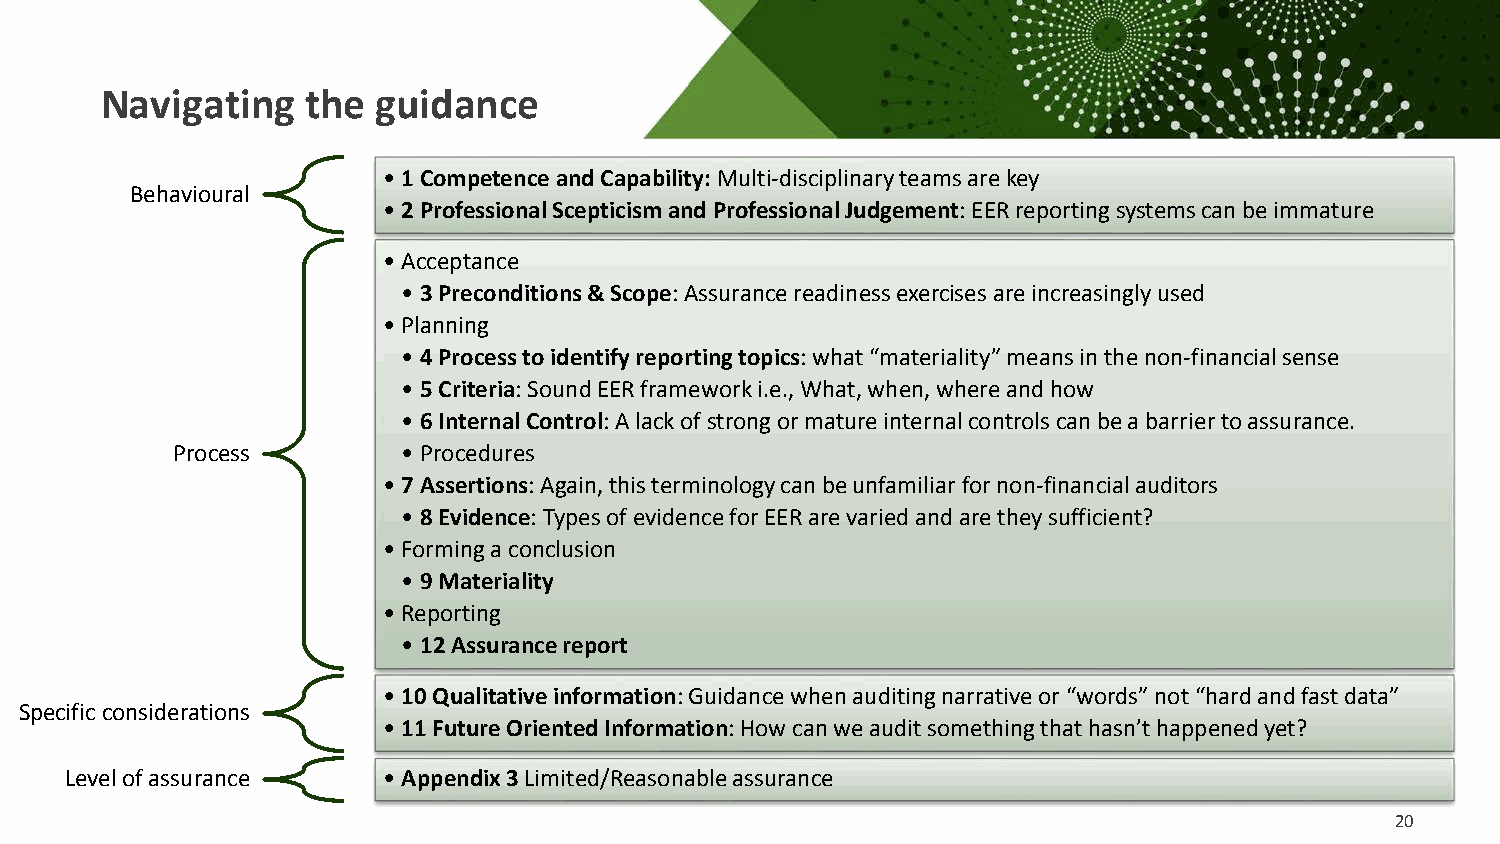
Navigating   the  guidance
 • 1 Competence and Capability: Multi-disciplinary teams are key
 Behavioural
 • 2 Professional Scepticism and Professional Judgement: EER reporting systems can be immature
 • Acceptance
 • 3 Preconditions & Scope: Assurance readiness exercises are increasingly used
 • Planning
 • 4 Process to identify reporting topics: what “materiality” means in the non-financial sense
 • 5 Criteria: Sound EER framework i.e., What, when, where and how
 • 6 Internal Control: A lack of strong or mature internal controls can be a barrier to assurance.
 Process         • Procedures
 • 7 Assertions: Again, this terminology can be unfamiliar for non-financial auditors
 • 8 Evidence: Types of evidence for EER are varied and are they sufficient?
 • Forming a conclusion
 • 9 Materiality
 • Reporting
 • 12 Assurance report
 • 10 Qualitative information: Guidance when auditing narrative or “words” not “hard and fast data”
 Specific considerations
 • 11 Future Oriented Information: How can we audit something that hasn’t happened yet?
 Level of assurance   • Appendix 3 Limited/Reasonable assurance
 20